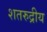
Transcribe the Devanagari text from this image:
शतरुद्रीय